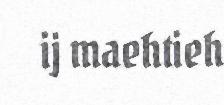
ij maehtieh